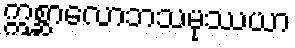
ဣစ္ဆာလောဘသမုဿယာ